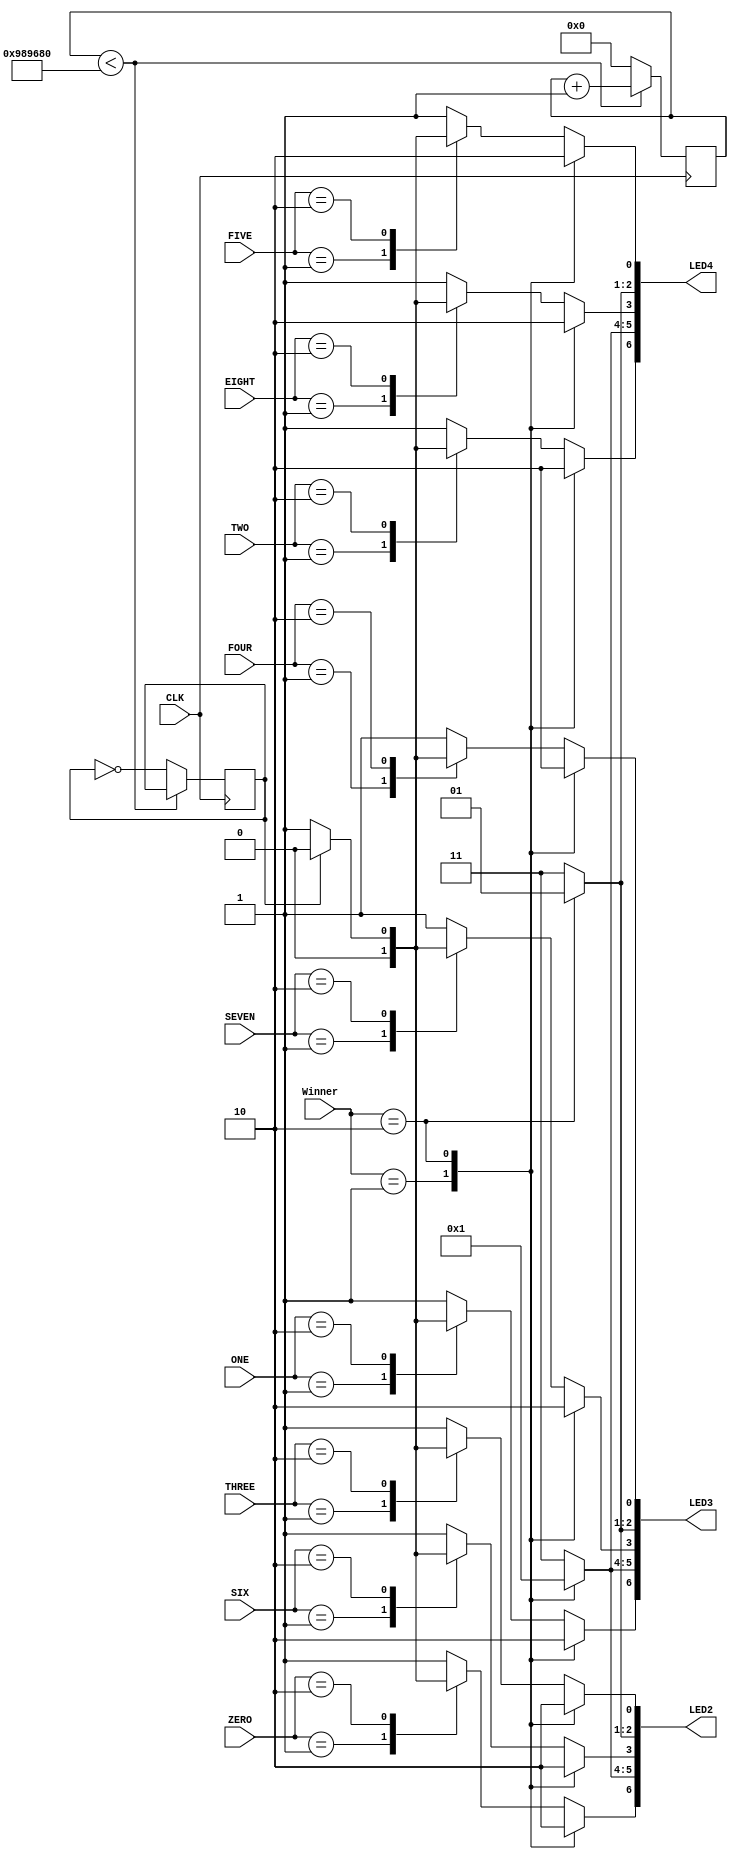
`timescale 1ns / 1ps
//////////////////////////////////////////////////////////////////////////////////
// Company: 
// Engineer: 
// 
// Design Name: 
// Module Name: LED
// Project Name: 
// Target Devices: 
// Tool Versions: 
// Description: 
// 
// Dependencies: 
// 
// Revision:
// Revision 0.01 - File Created
// Additional Comments:
// 
//////////////////////////////////////////////////////////////////////////////////


module LED(
    input CLK,
    input [1:0] Winner,
    input [1:0] ZERO,
    input [1:0] ONE,
    input [1:0] TWO,
    input [1:0] THREE,
    input [1:0] FOUR,
    input [1:0] FIVE,
    input [1:0] SIX,
    input [1:0] SEVEN,
    input [1:0] EIGHT,
    output reg [6:0] LED2,
    output reg [6:0] LED3,
    output reg [6:0] LED4
    );
    reg LEDState = 1'b0;
    reg [27:0] LEDCOUNT = 0;
    parameter FLASH = 10000000;
    always @(posedge CLK) begin
        if(LEDCOUNT < FLASH) LEDCOUNT <= LEDCOUNT + 1;
        else begin
            LEDCOUNT <= 0;
            LEDState <= ~LEDState;
        end
    end
    always @(*) begin
        case(Winner)
            2'b01:begin
                LED2 = 7'b1001111;
                LED3 = 7'b1001111;
                LED4 = 7'b1001111;
            end
            2'b10:begin
                LED2 = 7'b0010010;
                LED3 = 7'b0010010;
                LED4 = 7'b0010010;
            end          
            default:begin
                LED2 = 7'b1111111;
                LED3 = 7'b1111111;
                LED4 = 7'b1111111;
                case(ZERO)
                    2'b01:begin
                        LED2[6] = 1'b0;
                    end
                    2'b10:begin
                        if(LEDState)LED2[6] = 1'b0;
                        else LED2[6] = 1'b1;
                    end
                endcase
                case(ONE)
                    2'b01:begin
                        LED3[6] = 1'b0;
                    end
                    2'b10:begin
                        if(LEDState)LED3[6] = 1'b0;
                        else LED3[6] = 1'b1;
                    end
                endcase
                case(TWO)
                    2'b01:begin
                        LED4[6] = 1'b0;
                    end
                    2'b10:begin
                        if(LEDState)LED4[6] = 1'b0;
                        else LED4[6] = 1'b1;
                    end
                endcase
                case(THREE)
                    2'b01:begin
                        LED2[0] = 1'b0;
                    end
                    2'b10:begin
                        if(LEDState)LED2[0] = 1'b0;
                        else LED2[0] = 1'b1;
                    end
                endcase
                case(FOUR)
                    2'b01:begin
                        LED3[0] = 1'b0;
                    end
                    2'b10:begin
                        if(LEDState)LED3[0] = 1'b0;
                        else LED3[0] = 1'b1;
                    end
                endcase
                case(FIVE)
                    2'b01:begin
                        LED4[0] = 1'b0;
                    end
                    2'b10:begin
                        if(LEDState)LED4[0] = 1'b0;
                        else LED4[0] = 1'b1;
                    end
                endcase
                case(SIX)
                    2'b01:begin
                        LED2[3] = 1'b0;
                    end
                    2'b10:begin
                        if(LEDState)LED2[3] = 1'b0;
                        else LED2[3] = 1'b1;
                    end
                endcase
                case(SEVEN)
                    2'b01:begin
                        LED3[3] = 1'b0;
                    end
                    2'b10:begin
                        if(LEDState)LED3[3] = 1'b0;
                        else LED3[3] = 1'b1;
                    end
                endcase
                case(EIGHT)
                    2'b01:begin
                        LED4[3] = 1'b0;
                    end
                    2'b10:begin
                        if(LEDState)LED4[3] = 1'b0;
                        else LED4[3] = 1'b1;
                    end
                endcase
            end
        endcase
    end
endmodule